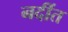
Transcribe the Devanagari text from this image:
नदींत